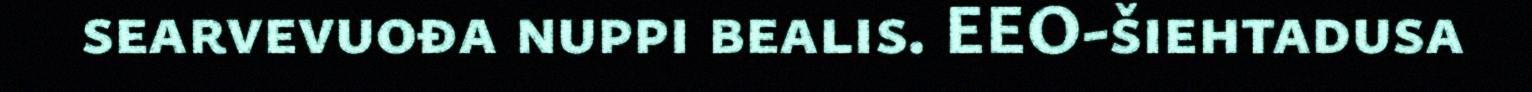
searvevuođa nuppi bealis. EEO-šiehtadusa